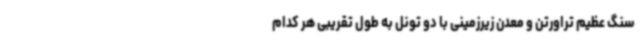
سنگ عظیم تراورتن و معدن زیرزمینی با دو تونل به طول تقریبی هر کدام